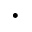
\cdot